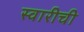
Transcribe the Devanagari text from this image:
स्वारीची